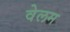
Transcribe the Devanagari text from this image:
वेलम